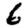
Digit: 6